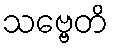
သဗ္ဗေတိ